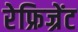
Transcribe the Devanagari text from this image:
रेफ्रिज्रेंट